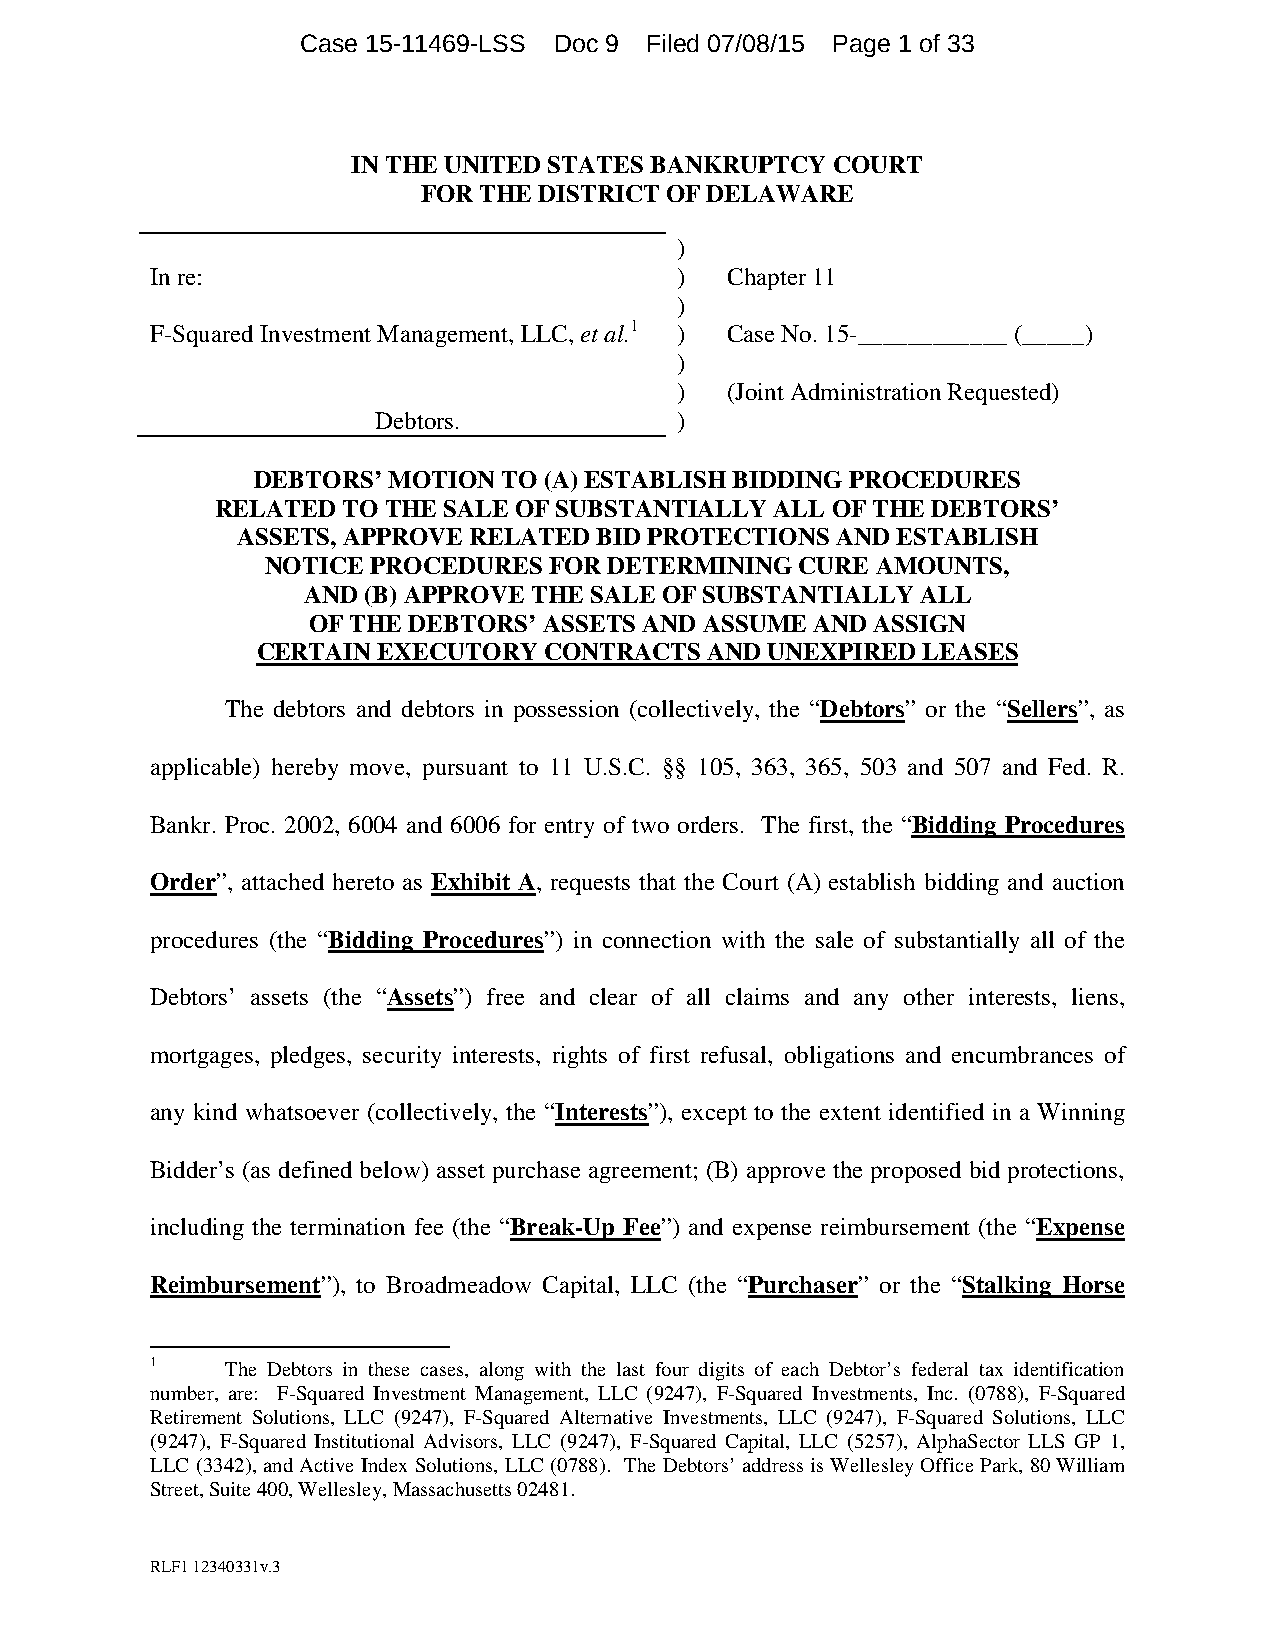
Case 15-11469-LSS Doc 9 Filed 07/08/15 Page 1 of 33
 IN THE UNITED STATES BANKRUPTCY COURT
 FOR THE DISTRICT OF DELAWARE
 )
 In re:                             )  Chapter 11
 )
 F-Squared Investment Management, LLC, et al.1 ) Case No. 15-____________ (_____)
 )
 )  (Joint Administration Requested)
 Debtors.            )
 DEBTORS’ MOTION TO (A) ESTABLISH BIDDING PROCEDURES
 RELATED  TO THE SALE OF SUBSTANTIALLY ALL OF THE DEBTORS’
 ASSETS, APPROVE RELATED BID PROTECTIONS AND ESTABLISH
 NOTICE PROCEDURES FOR DETERMINING  CURE AMOUNTS,
 AND (B) APPROVE THE SALE OF SUBSTANTIALLY ALL
 OF THE DEBTORS’ ASSETS AND ASSUME AND ASSIGN
 CERTAIN EXECUTORY  CONTRACTS  AND UNEXPIRED LEASES
 The debtors and debtors in possession (collectively, the “Debtors” or the “Sellers”, as
 applicable) hereby move, pursuant to 11 U.S.C. §§ 105, 363, 365, 503 and 507 and Fed. R.
 Bankr. Proc. 2002, 6004 and 6006 for entry of two orders. The first, the “Bidding Procedures
 Order”, attached hereto as Exhibit A, requests that the Court (A) establish bidding and auction
 procedures (the “Bidding Procedures”) in connection with the sale of substantially all of the
 Debtors’ assets (the “Assets”) free and clear of all claims and any other interests, liens,
 mortgages, pledges, security interests, rights of first refusal, obligations and encumbrances of
 any kind whatsoever (collectively, the “Interests”), except to the extent identified in a Winning
 Bidder’s (as defined below) asset purchase agreement; (B) approve the proposed bid protections,
 including the termination fee (the “Break-Up Fee”) and expense reimbursement (the “Expense
 Reimbursement”), to Broadmeadow Capital, LLC (the “Purchaser” or the “Stalking Horse
 1    The Debtors in these cases, along with the last four digits of each Debtor’s federal tax identification
 number, are: F-Squared Investment Management, LLC (9247), F-Squared Investments, Inc. (0788), F-Squared
 Retirement Solutions, LLC (9247), F-Squared Alternative Investments, LLC (9247), F-Squared Solutions, LLC
 (9247), F-Squared Institutional Advisors, LLC (9247), F-Squared Capital, LLC (5257), AlphaSector LLS GP 1,
 LLC (3342), and Active Index Solutions, LLC (0788). The Debtors’ address is Wellesley Office Park, 80 William
 Street, Suite 400, Wellesley, Massachusetts 02481.
 RLF1 12340331v.3